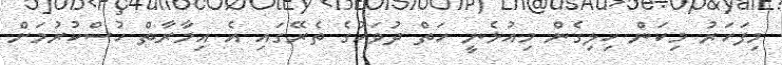
މިފަހަރު މިކަން ހިލިގެން މިއުޅެނީ ހަތް ދުވަހުގެ ތެރޭގައި އެ އިމާރާތް ހުސްކުރުމަށް